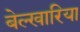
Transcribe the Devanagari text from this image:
बेल्खारिया